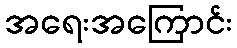
အရေးအကြောင်း